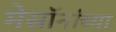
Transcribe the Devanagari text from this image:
मेसॉनांच्या